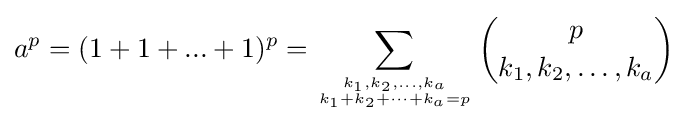
a^{p}=(1+1+...+1)^{p}=\sum _{k_{1},k_{2},\dots ,k_{a} \atop k_{1}+k_{2}+\dots +k_{a}=p}{p \choose k_{1},k_{2},\ldots ,k_{a}}